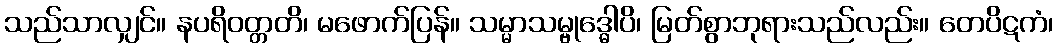
သည်သာလျှင်။ နပရိဝတ္တတိ၊ မဖောက်ပြန်။ သမ္မာသမ္ဗုဒ္ဓေါပိ၊ မြတ်စွာဘုရားသည်လည်း။ တေပိဋကံ၊